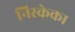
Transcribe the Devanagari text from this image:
निस्केका